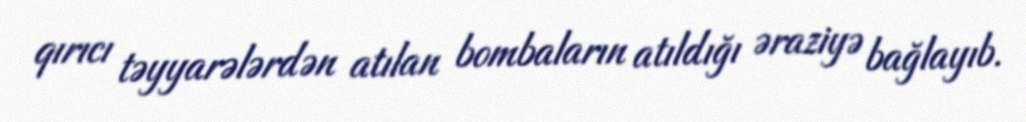
qırıcı təyyarələrdən atılan bombaların atıldığı əraziyə bağlayıb.